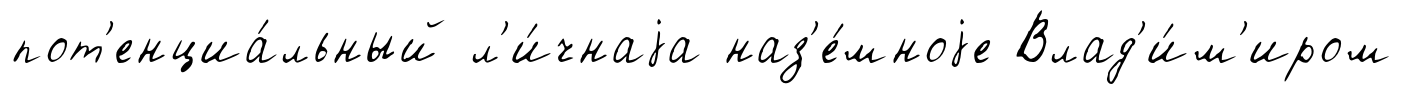
пот'енциа́льный л'и́чнаjа наз'е́мноjе Влад'и́м'иром